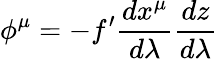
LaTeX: \phi^{\mu}=-f^{\prime}\frac{dx^{\mu}}{d\lambda}\frac{dz}{d\lambda}